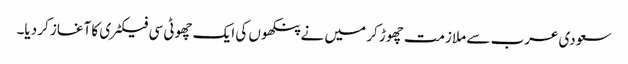
سعودی عرب سے ملازمت چھوڑ کر میں نے پنکھوں کی ایک چھوٹی سی فیکٹری کا آغاز کر دیا۔